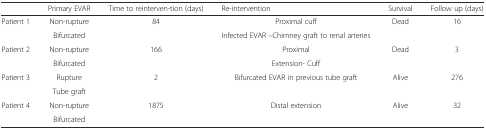
|  | Primary EVAR | Time to reinterven-tion (days) | Re-intervention | Survival | Follow up (days) |
 | --- | --- | --- | --- | --- | --- |
 | <ROWSPAN=2> Patient 1 | Non-rupture | 84 | Proximal cuff | <ROWSPAN=2> Dead | <ROWSPAN=2> 16 |
 | Bifurcated |  | Infected EVAR –Chimney graft to renal arteries |
 | <ROWSPAN=2> Patient 2 | Non-rupture | 166 | Proximal | <ROWSPAN=2> Dead | <ROWSPAN=2> 3 |
 | Bifurcated |  | Extension- Cuff |
 | <ROWSPAN=2> Patient 3 | Rupture | 2 | <ROWSPAN=2> Bifurcated EVAR in previous tube graft | <ROWSPAN=2> Alive | <ROWSPAN=2> 276 |
 | Tube graft |  |
 | <ROWSPAN=2> Patient 4 | Non-rupture | <ROWSPAN=2> 1875 | <ROWSPAN=2> Distal extension | <ROWSPAN=2> Alive | <ROWSPAN=2> 32 |
 | Bifurcated |